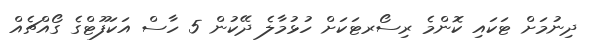
ދިނުމަށް ޓަކައި ކޮންމެ ރިސޯރޓަކަށް ހުޅުމާލެ ދޭކުން 5 ހާސް އަކަފޫޓްގެ ގޯއްޗެއް